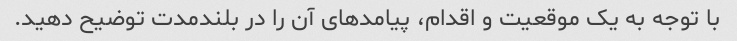
با توجه به یک موقعیت و اقدام، پیامدهای آن را در بلندمدت توضیح دهید.